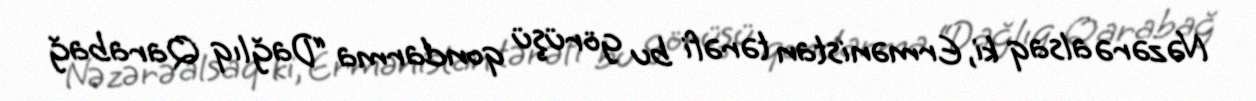
Nəzərə alsaq ki, Ermənistan tərəfi bu görüşü qondarma “Dağlıq Qarabağ